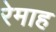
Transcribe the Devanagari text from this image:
रेमाह